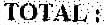
TOTAL :